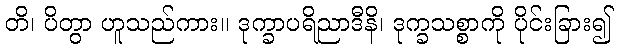
တိ၊ ပိတွာ ဟူသည်ကား။ ဒုက္ခာပရိညာဒီနိ၊ ဒုက္ခသစ္စာကို ပိုင်းခြား၍